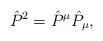
LaTeX: \begin{align*}\hat{P}^{2}=\hat{P}^{\mu }\hat{P}_{\mu },\end{align*}